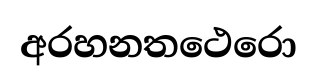
අරහනතථෙරො